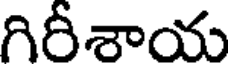
గిరీశాయ